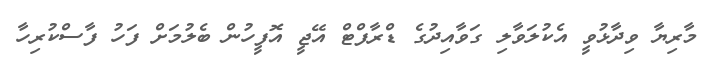
މާރިޔާ ވިދާޅުވީ އެކުލަވާލި ގަވާއިދުގެ ޑްރާފްޓް އޭޖީ އޮފީހުން ބެލުމަށް ފަހު ފާސްކުރިހާ